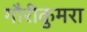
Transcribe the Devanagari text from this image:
गौरीकुमरा